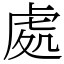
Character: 處